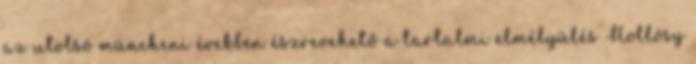
az utolsó müncheni években észrevehető a tartalmi elmélyülés Hollósy